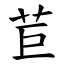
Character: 苣